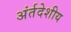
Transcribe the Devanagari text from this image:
अंर्तदेशीय